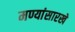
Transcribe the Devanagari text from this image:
मण्यांसारखे